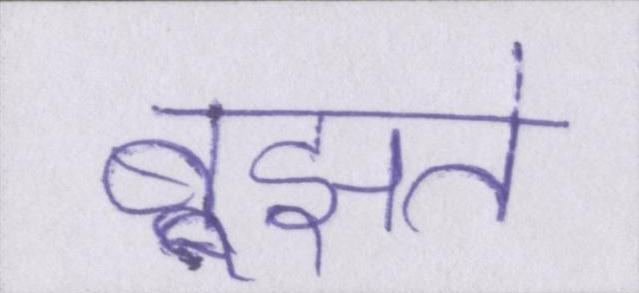
बूझते